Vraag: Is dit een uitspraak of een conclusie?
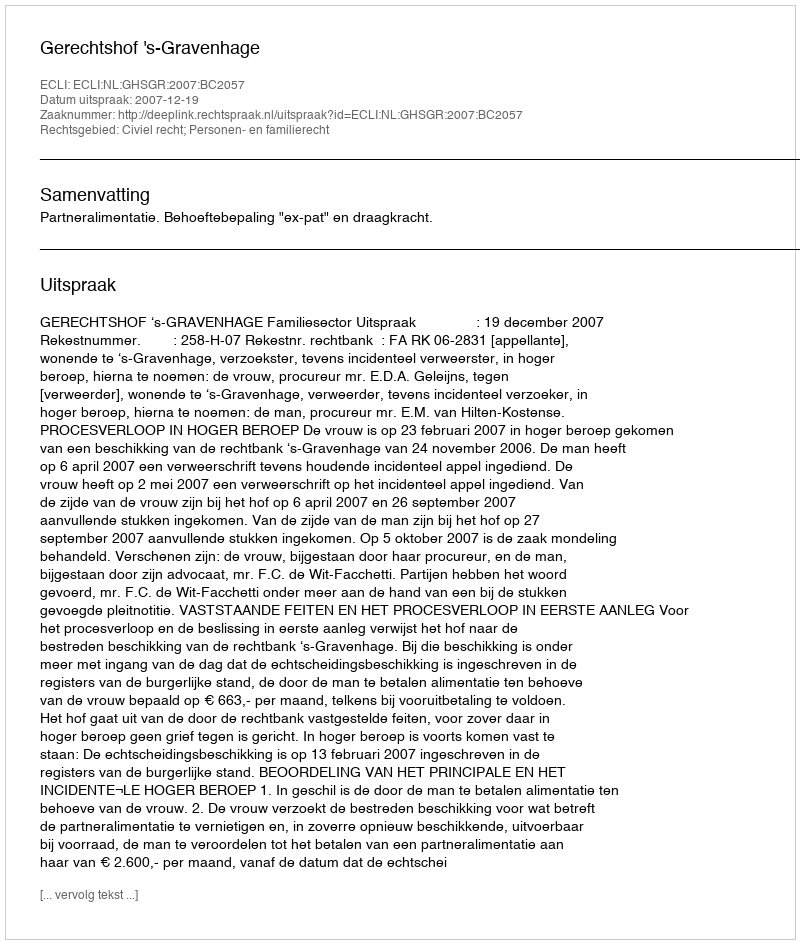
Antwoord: Uitspraak